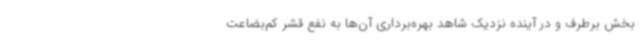
بخش برطرف و در آینده نزدیک شاهد بهره‌برداری آن‌ها به نفع قشر کم‌بضاعت